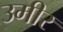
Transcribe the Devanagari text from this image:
उमीर